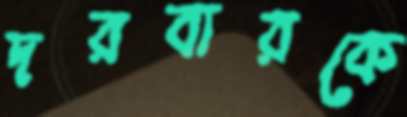
দরবারকে